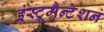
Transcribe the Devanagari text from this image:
इंस्ट्रूमैन्टेशन